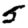
Digit: 5